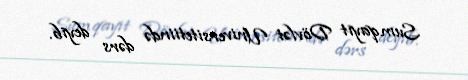
Sumqayıt Dövlət Universitetiində dərs deyib.